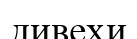
дивехи